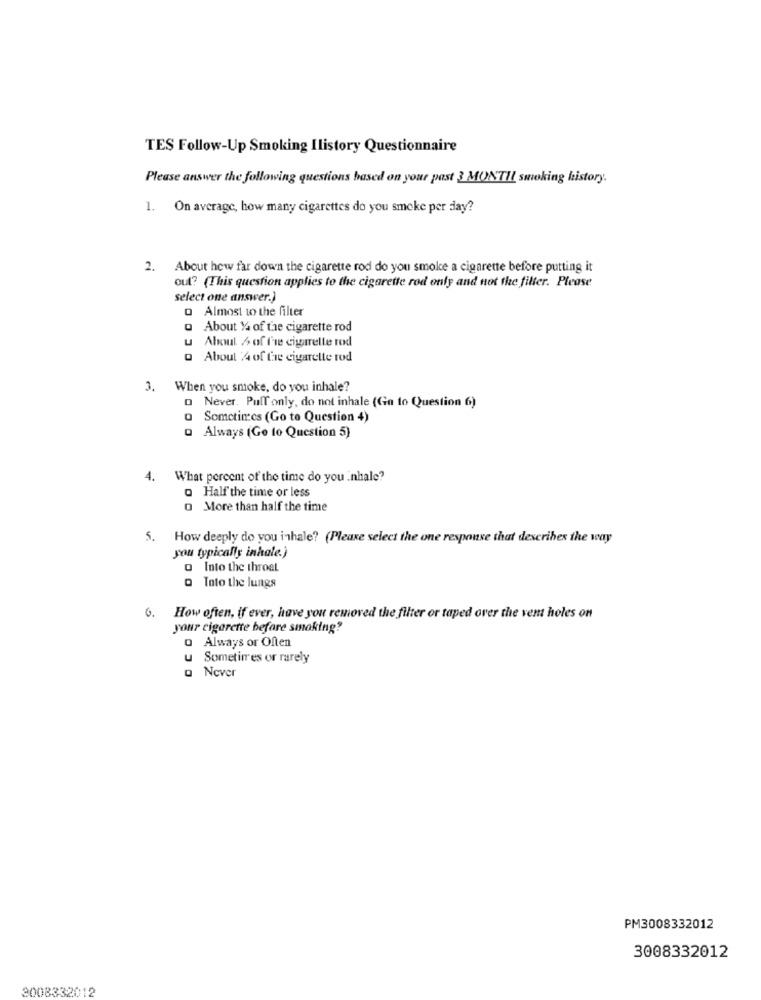
TES Follow-Up Smoking Ilistory Questionnaire
Please answer the following questions based on your past 3 MONTII smoking history.
1. On average, how many cigarettes do you smoke per day?
. About how far down the cigarette rod do you smoke a cigarette before putting it
out? (This question applies to the cigarette rod only and not the filter. Please
select one answer.)
Q Almost to the filter
Q About 14 of the cigarette rod
u About 6 of fre cigarette rod
Q About :4 of tie cigarette rod
3. When you smoke, do you inhale?
D Never. Pull only, do not inhale (Go to Question 6)
Sometimes (Go to Question 4)
o Always (Ge to Question 5)
4. What percent of the time do you inhale?
o Half the time or less
0 More than half the time
5. How deeply do you inhale? (Please select the one response that describes the way
you typically inhale.)
O Into the throat
Q Into the lungs
6.
How often, if ever, have you removed the filter or taped over the vem holes on
your cigarette before smoking?
0 Always or Often
u Sometimes or rarely
o Never
PM3008332012
3008332012
3008332012